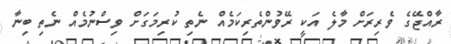
ރާއްޖޭގެ ވެރިރަށް މާލެ އަކީ ރޭވުންތެރިކަމެއް ނެތި ކުރިމަގަށް ވިސްނުމެއް ނެތި ބިނާ